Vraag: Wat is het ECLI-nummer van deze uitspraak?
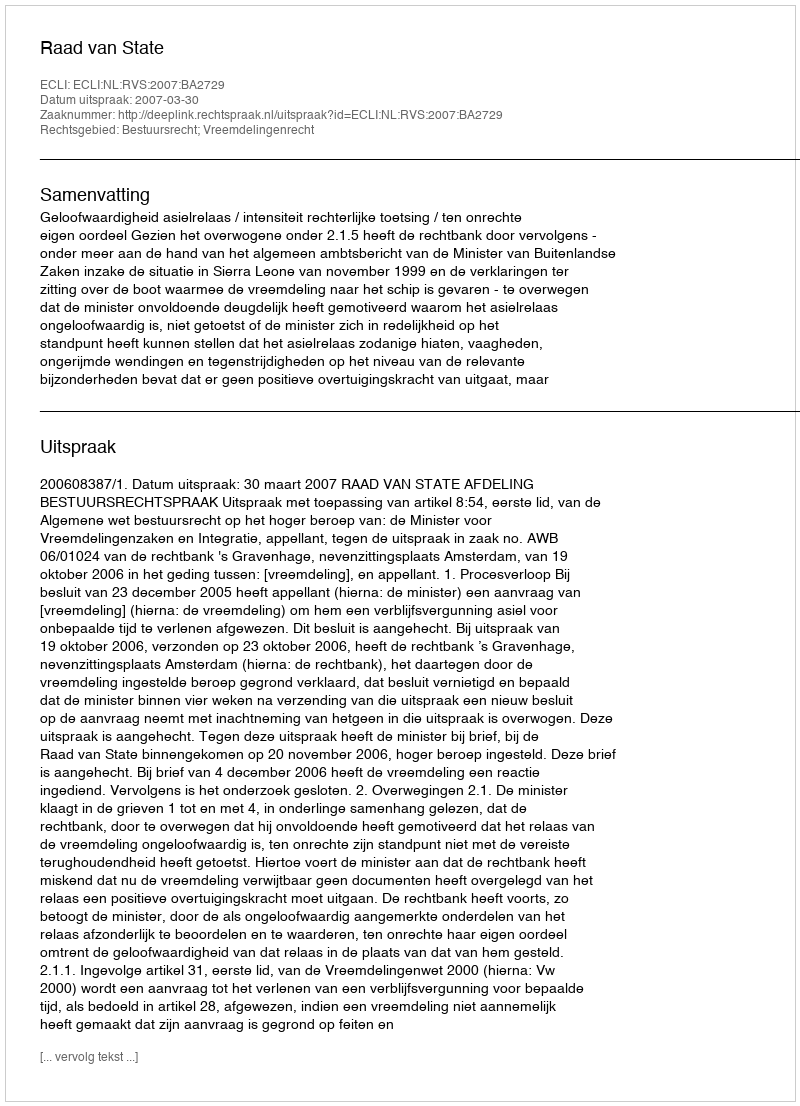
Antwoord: ECLI:NL:RVS:2007:BA2729